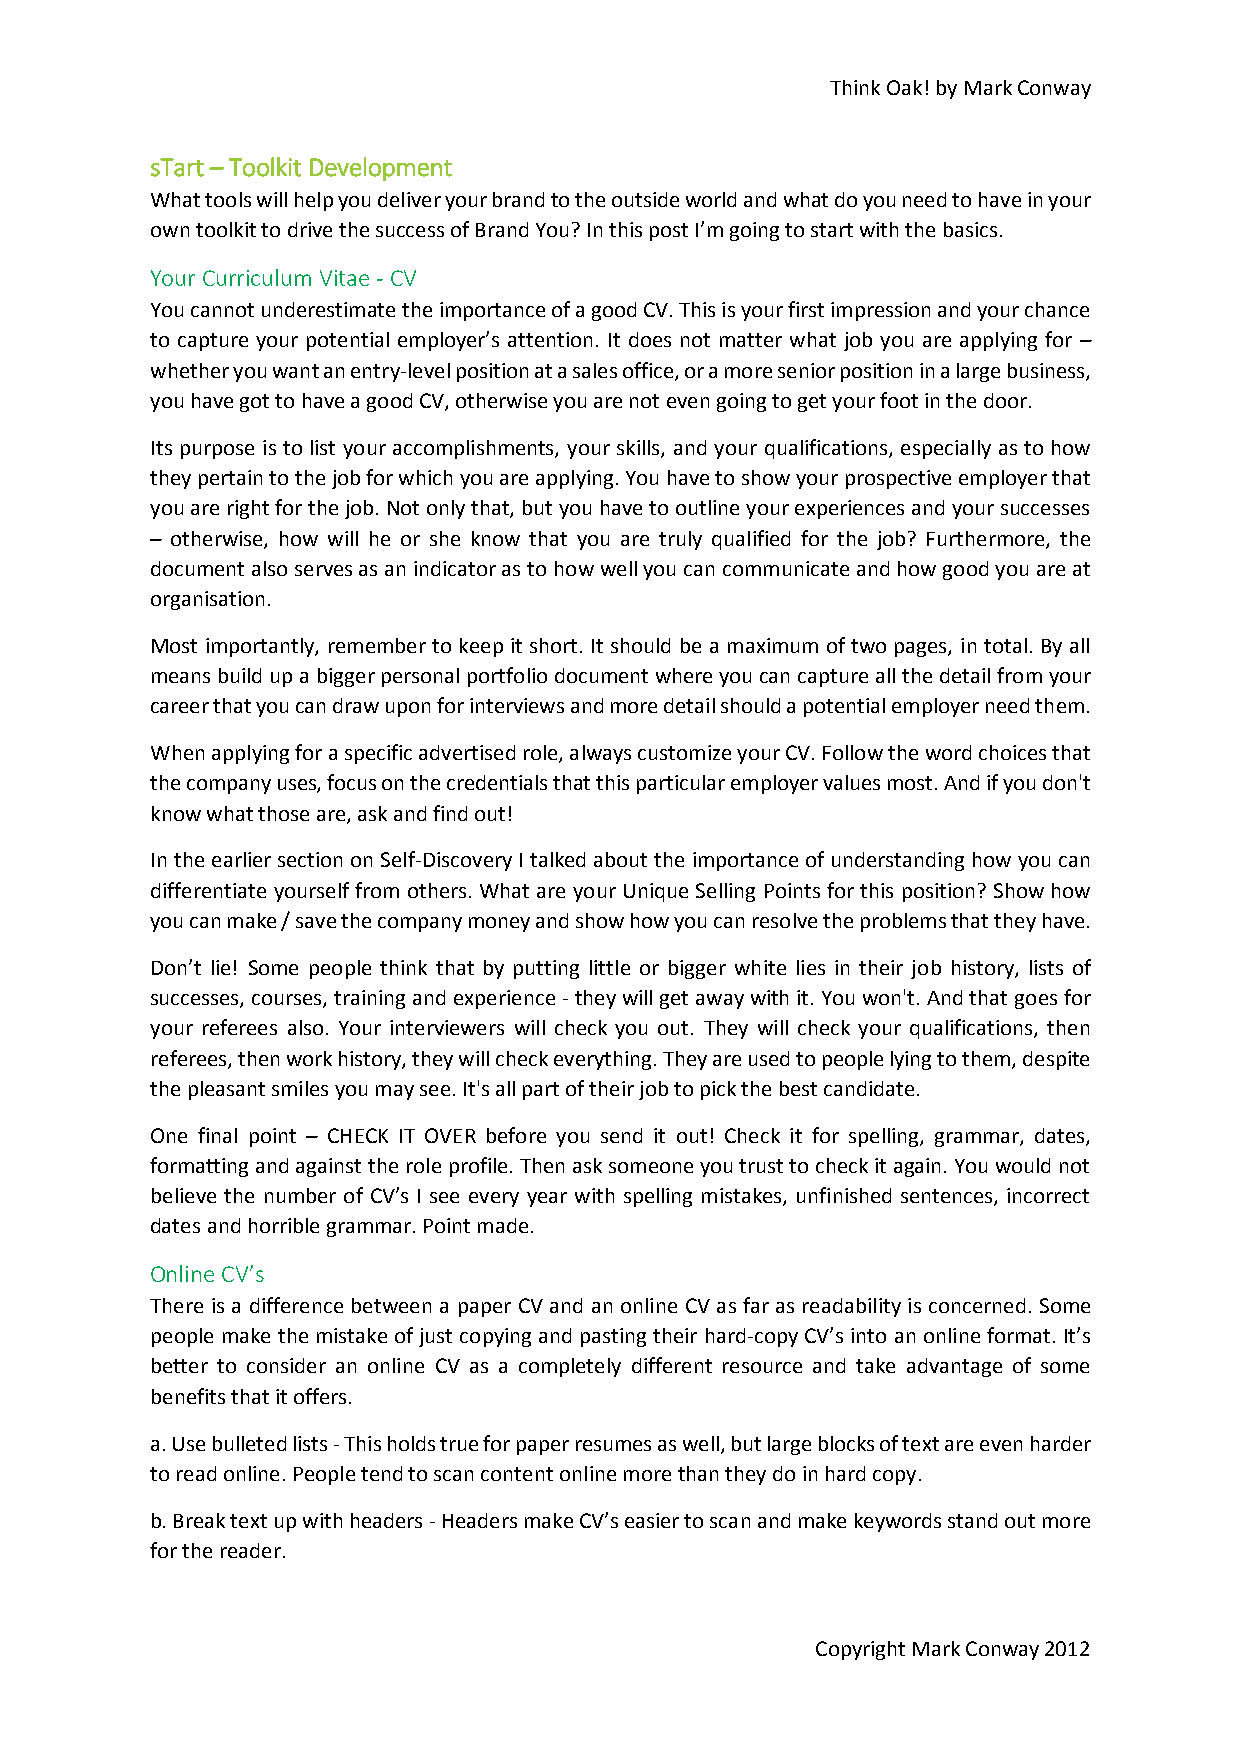
Think Oak! by Mark Conway
 sTart – Toolkit Development
 What tools will help you deliver your brand to the outside world and what do you need to have in your
 own toolkit to drive the success of Brand You? In this post I’m going to start with the basics.
 Your Curriculum Vitae - CV
 You cannot underestimate the importance of a good CV. This is your first impression and your chance
 to capture your potential employer’s attention. It does not matter what job you are applying for –
 whether you want an entry-level position at a sales office, or a more senior position in a large business,
 you have got to have a good CV, otherwise you are not even going to get your foot in the door.
 Its purpose is to list your accomplishments, your skills, and your qualifications, especially as to how
 they pertain to the job for which you are applying. You have to show your prospective employer that
 you are right for the job. Not only that, but you have to outline your experiences and your successes
 – otherwise, how will he or she know that you are truly qualified for the job? Furthermore, the
 document also serves as an indicator as to how well you can communicate and how good you are at
 organisation.
 Most importantly, remember to keep it short. It should be a maximum of two pages, in total. By all
 means build up a bigger personal portfolio document where you can capture all the detail from your
 career that you can draw upon for interviews and more detail should a potential employer need them.
 When applying for a specific advertised role, always customize your CV. Follow the word choices that
 the company uses, focus on the credentials that this particular employer values most. And if you don't
 know what those are, ask and find out!
 In the earlier section on Self-Discovery I talked about the importance of understanding how you can
 differentiate yourself from others. What are your Unique Selling Points for this position? Show how
 you can make / save the company money and show how you can resolve the problems that they have.
 Don’t lie! Some people think that by putting little or bigger white lies in their job history, lists of
 successes, courses, training and experience - they will get away with it. You won't. And that goes for
 your referees also. Your interviewers will check you out. They will check your qualifications, then
 referees, then work history, they will check everything. They are used to people lying to them, despite
 the pleasant smiles you may see. It's all part of their job to pick the best candidate.
 One final point – CHECK IT OVER before you send it out! Check it for spelling, grammar, dates,
 formatting and against the role profile. Then ask someone you trust to check it again. You would not
 believe the number of CV’s I see every year with spelling mistakes, unfinished sentences, incorrect
 dates and horrible grammar. Point made.
 Online CV’s
 There is a difference between a paper CV and an online CV as far as readability is concerned. Some
 people make the mistake of just copying and pasting their hard-copy CV’s into an online format. It’s
 better to consider an online CV as a completely different resource and take advantage of some
 benefits that it offers.
 a. Use bulleted lists - This holds true for paper resumes as well, but large blocks of text are even harder
 to read online. People tend to scan content online more than they do in hard copy.
 b. Break text up with headers - Headers make CV’s easier to scan and make keywords stand out more
 for the reader.
 Copyright Mark Conway 2012